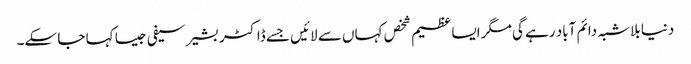
دنیا بلاشبہ دائم آباد رہے گی مگر ایسا عظیم شخص کہاں سے لائیں جسے ڈاکٹر بشیر سیفی جیسا کہا جا سکے۔